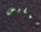
ممفيس